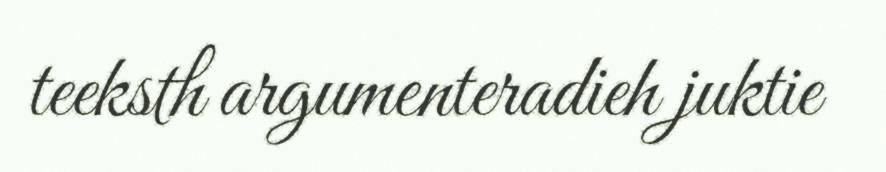
teeksth argumenteradieh juktie